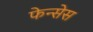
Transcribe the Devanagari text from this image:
फेन्सेस